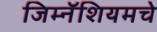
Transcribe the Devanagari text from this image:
जिम्नॅशियमचे